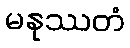
မနုဿတံ